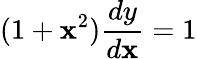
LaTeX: (1+\mathbf{x}^{2}){\frac{{dy}}{{d\mathbf{x}}}}=1